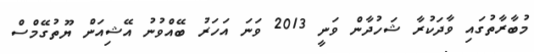
މުބާރާތުގައި ވާދަކުރާ ޝަހުދާން ވަނީ 2013 ވަނަ އަހަރު ބޭއްވުނު އޭޝިއަން ޔޫތުގޭމްސް